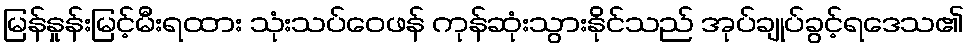
မြန်နှုန်းမြင့်မီးရထား သုံးသပ်ဝေဖန် ကုန်ဆုံးသွားနိုင်သည် အုပ်ချုပ်ခွင့်ရဒေသ၏